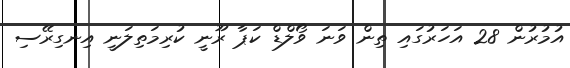
އުމުރުން 28 އަހަރުގައި ތިން ވަނަ ވޯލްޑް ކަޕާ ރޫނީ ކުރިމަތިލަނީ އިނގިރޭސި